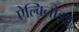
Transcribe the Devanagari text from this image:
ऐल्बिनोइड